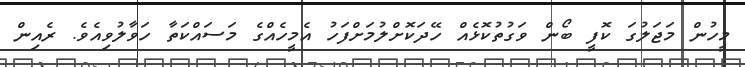
މީހުން މަޖަލުގަ ކޮފީ ބޯން ވަގުތުކޮޅެއް ހޭދަކޮށްލުމަށްފަހު އެމީހެއްގެ މަސައްކަތާ ހަވާލުވިއެވެ. ރެއިން